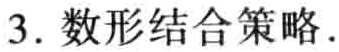
3. 数形结合策略.